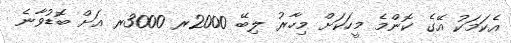
އެކަމަކު އޭގެ ކޮންމެ މީހަކަށް މިހާރު ލިބޭ 2000ރ 3000ރ އަށް ބޮޑުވާނެ